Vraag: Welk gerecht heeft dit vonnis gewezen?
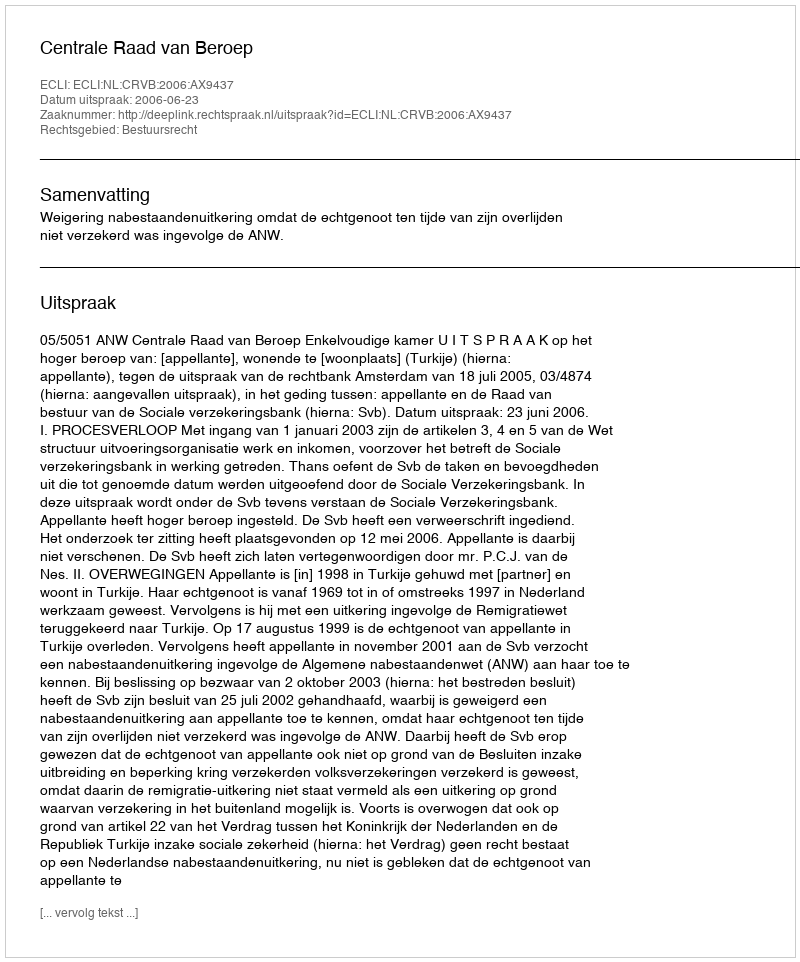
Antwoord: Centrale Raad van Beroep